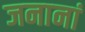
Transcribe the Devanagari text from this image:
जनानां